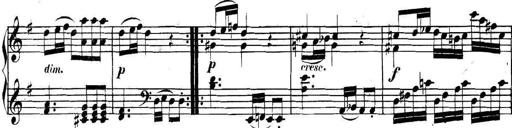
Title: Collected Piano Sonatas
Composer: Muzio Clementi